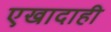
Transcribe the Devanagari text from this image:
एखादाही